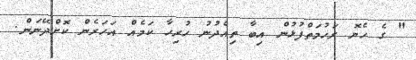
" ގެ ހެޔޮ ރަހުމަތްފުޅުން އިބާ ތިއެދުނު ހުރިހާ ކަމެއް އަހަރެން ކޮށްދޭނަން.